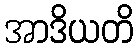
အာဒိယတိ